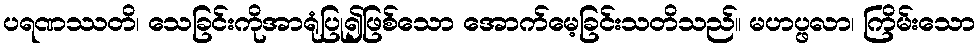
ပရဏဿတိ၊ သေခြင်းကိုအာရုံပြု၍ဖြစ်သော အောက်မေ့ခြင်းသတိသည်။ မဟပ္ဖလာ၊ ကြိမ်းသော